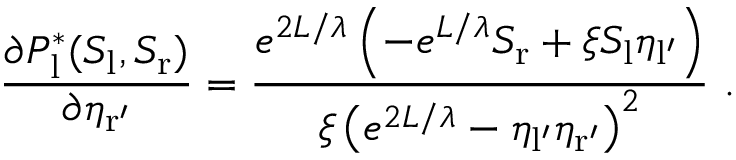
\frac { \partial P _ { \mathrm { l } } ^ { * } ( S _ { \mathrm { l } } , S _ { \mathrm { r } } ) } { \partial \eta _ { \mathrm { r ^ { \prime } } } } = \frac { e ^ { 2 L / \lambda } \left( - e ^ { L / \lambda } S _ { \mathrm { r } } + \xi S _ { \mathrm { l } } \eta _ { \mathrm { l ^ { \prime } } } \right) } { \xi \left( e ^ { 2 L / \lambda } - \eta _ { \mathrm { l ^ { \prime } } } \eta _ { \mathrm { r ^ { \prime } } } \right) ^ { 2 } } \ .